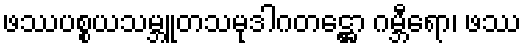
ဖဿပစ္စယသမ္ဘူတသမုဒါဂတဋ္ဌော ဂမ္ဘီရော၊ ဖဿ